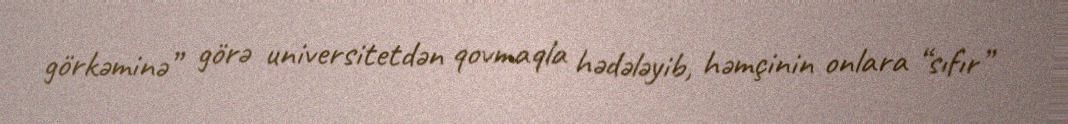
görkəminə” görə universitetdən qovmaqla hədələyib, həmçinin onlara “sıfır”